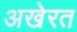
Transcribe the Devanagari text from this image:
अखेरत